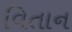
વિતાન